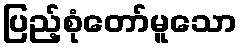
ပြည့်စုံတော်မူသော